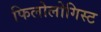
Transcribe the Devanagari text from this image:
फिलोलोगिस्ट